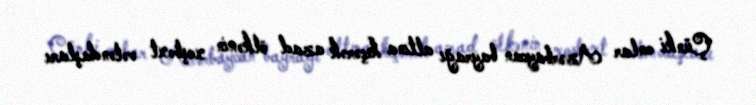
Çünki onlar Azərbaycan bayrağı altına keçərək azad ölkənin xoşbəxt vətəndaşları